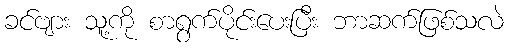
ခင်ဗျား သူ့ကို စာရွက်ပိုင်းပေးပြီး ဘာဆက်ဖြစ်သလဲ